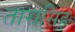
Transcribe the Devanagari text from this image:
तारासिह